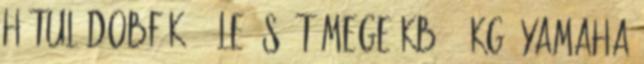
hátul dobfék, 7 LE ös, tömege kb 100kg. Yamaha